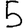
Digit: 5